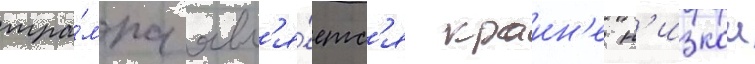
тра́мпа явл'я́етс'я краин'е н'изкои